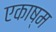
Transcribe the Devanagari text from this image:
एकाष्म